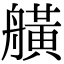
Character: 𦪗